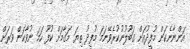
އަންނާނެކަން މުފީދުއަށް ގަބޫލުނުކުރެވޭނަމަ މުފީދު ތިޔަ މަގާމަށް ކުފޫ ހަމަ ނުވާކަން ވަރަށް